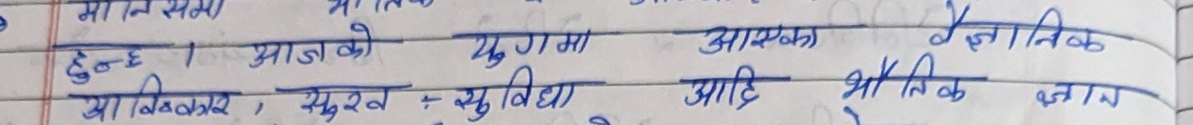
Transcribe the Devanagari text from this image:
हुन् । आजको युगमा आजका वैज्ञानिक
आविष्कार, सुरव : सुविधा आदि भौतिक ज्ञान